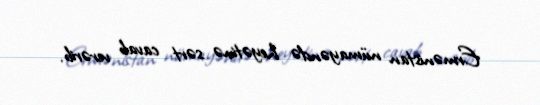
Ermənistan nümayəndə heyətinə sərt cavab verərib.